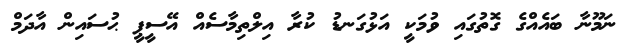
ނަމޫނާ ބައެއްގެ ގޮތުގައި ވުމަކީ އަޅުގަނޑު ކުރާ އިލްތިމާސެއް އޭސީޕީ ޙުސައިން އާދަމް